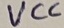
Text: VCC